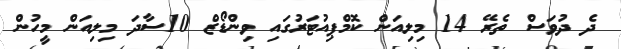
ދެ ދުވަސް ތެރޭ 14 މިލިއަން ކޮމްޕިއުޓަރުގައި ވިންޑޯޒް 10ސާދަ މިލިއަން މީހުން